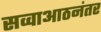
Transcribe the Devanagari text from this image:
सव्वाआठनंतर